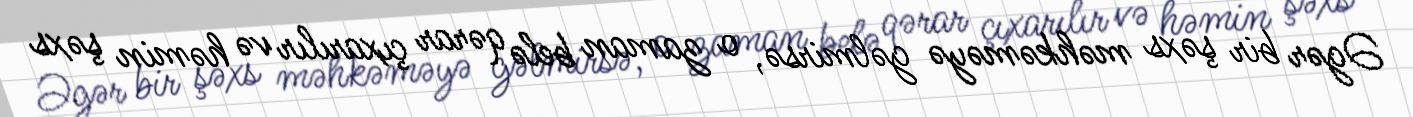
Əgər bir şəxs məhkəməyə gəlmirsə, o zaman belə qərar çıxarılır və həmin şəxs